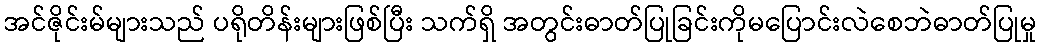
အင်ဇိုင်းမ်များသည် ပရိုတိန်းများဖြစ်ပြီး သက်ရှိ အတွင်းဓာတ်ပြုခြင်းကိုမပြောင်းလဲစေဘဲဓာတ်ပြုမှု